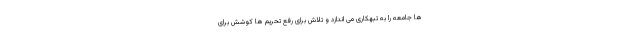
ها جامعه را به تبهکاری می اندازد و تلاش برای رفع تحریم ها کوشش برای